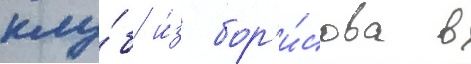
клу́б и́з бор'и́сова в